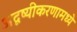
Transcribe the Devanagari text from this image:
अदृष्यीकरणामध्ये